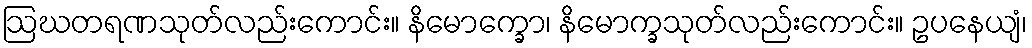
ဩဃတရဏသုတ်လည်းကောင်း။ နိမောက္ခော၊ နိမောက္ခသုတ်လည်းကောင်း။ ဥပနေယျံ၊